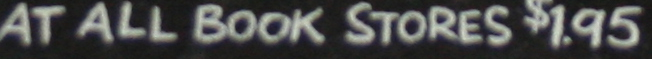
AT ALL BOOK STORES $1.95